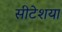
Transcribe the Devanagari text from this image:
सीटेशया